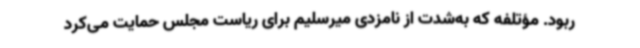
ربود. مؤتلفه که به‌شدت از نامزدی میرسلیم برای ریاست مجلس حمایت می‌کرد